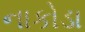
નાકોડા